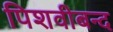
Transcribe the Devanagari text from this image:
पिशवीबन्द